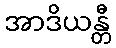
အာဒိယန္တီ